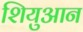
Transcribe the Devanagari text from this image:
शियुआन